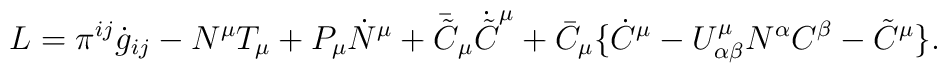
L = \pi^{ij}\dot{g}_{ij} - N^{\mu}T_{\mu} + P_{\mu}\dot{N}^{\mu} + \bar{\tilde{C}}_{\mu}\dot{\tilde{C}}^{\mu} + \bar{C}_{\mu} \{\dot{C}^{\mu}-U^{\mu}_{\alpha\beta}N^{\alpha}C^{\beta}-\tilde{C}^{\mu} \}.